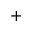
+